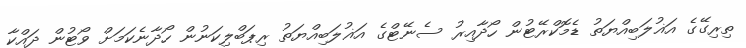
ތިރިގޭގެ އަޣުލަބިއްޔަތު ޑެމޮކްރޭޓުން ހޯދާއިރު ސެނޭޓްގެ އަޣުލަބިއްޔަތު ރިޕަބްލިކަނުން ހޯދާނެކަމަށް ވޯޓުން ދައްކާ